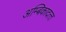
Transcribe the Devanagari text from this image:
अम्बिकादत्‍त